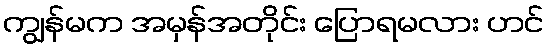
ကျွန်မက အမှန်အတိုင်း ပြောရမလား ဟင်